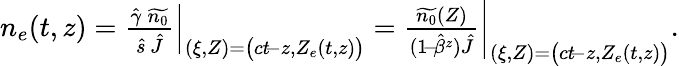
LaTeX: \begin{array}{r}{n_{e}(t,z)=\left.\frac{\hat{\gamma}\: \widetilde{n_{0}}}{\hat{s}\, \hat{J}}\right\vert_{(\xi,Z)=\big(ct\! -z,Z_{e}(t,z)\big)}=\left.\frac{\widetilde{n_{0}}(Z)}{(1\! -\! \hat{\beta}^{z})\hat{J}}\right\vert_{(\xi,Z)=\big(ct\! -z,Z_{e}(t,z)\big)}.}\end{array}